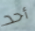
أحد